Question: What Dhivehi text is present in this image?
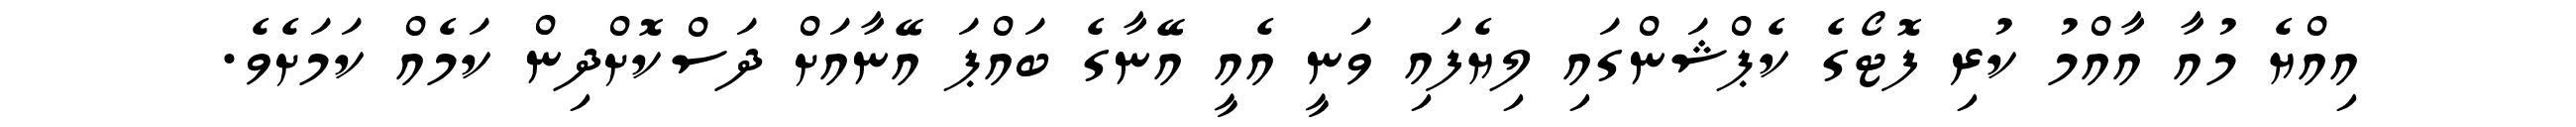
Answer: އިއްޔެ މުއާ އާއްމު ކުރި ފޮޓޯގެ ކެޕްޝަންގައި ލިޔެފައި ވަނީ އެއީ އޭނާގެ ބައްޕަ އޭނާއަށް ދަސްކޮށްދިން ކަމެއް ކަމަށެވެ.